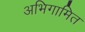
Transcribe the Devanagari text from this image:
अभिगामित